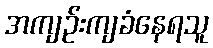
အကျဉ်းကျခံနေရသူ